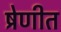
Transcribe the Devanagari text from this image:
ष्रेणीत